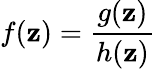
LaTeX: f(\mathbf{z})={\frac{{g(\mathbf{z})}}{{h(\mathbf{z})}}}